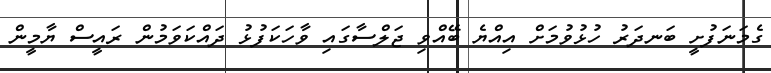
ގެމަނަފުށީ ބަނދަރު ހުޅުވުމަށް އިއްޔެ ބޭއްވި ޖަލްސާގައި ވާހަކަފުޅު ދައްކަވަމުން ރައީސް ޔާމީން